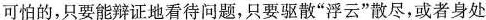
可怕的，只要能辩证地看待问题，只要驱散”浮云”散尽，或者身处